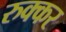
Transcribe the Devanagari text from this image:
रुक्कर